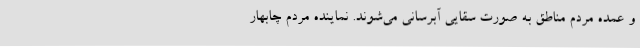
و عمده مردم مناطق به صورت سقایی آبرسانی می‌شوند. نماینده مردم چابهار